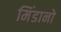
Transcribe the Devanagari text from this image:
मिंडानो